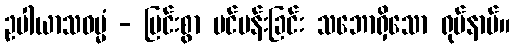
ဥပါယာသဓမ္မံ - ပြင်းစွာ ပင်ပန်းခြင်း သဘောရှိသော ရုပ်နာမ်။